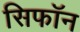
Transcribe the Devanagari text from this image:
सिफॉन